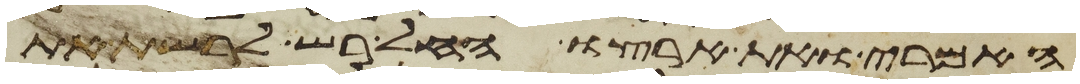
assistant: האמרי ואת ארצו החל רש לרשת את